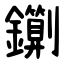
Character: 䥷